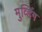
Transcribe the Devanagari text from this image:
मुव्हिंग